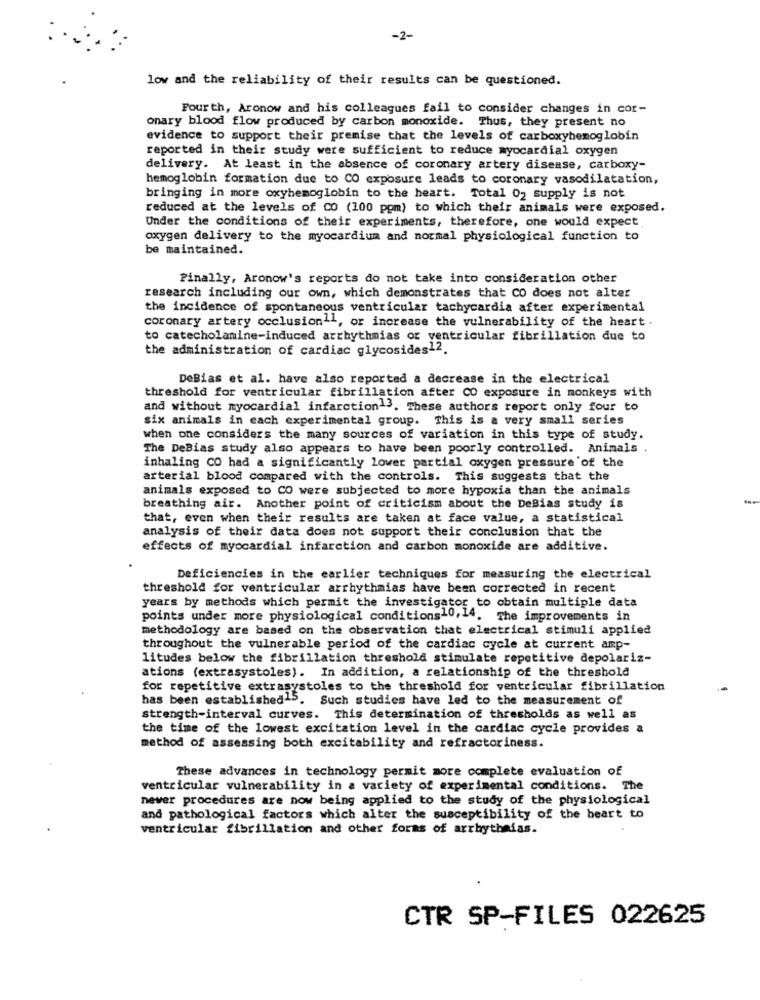
-2-
low and the reliability of their results can be questioned.
Fourth, Aronow and his colleagues fail to consider changes in cor-
onary blood flow produced by carbon monoxide. Thus, they present no
evidence to support their premise that the levels of carboxyhemoglobin
reported in their study were sufficient to reduce myocardial oxygen
delivery. At least in the absence of coronary artery disease, carboxy-
hemoglobin formation due to CO exposure leads to coronary vasodilatation,
bringing in more oxyhemoglobin to the heart. Total 02 supply is not
reduced at the levels of CO (100 ppm) to which their animals were exposed.
Under the conditions of their experiments, therefore, one would expect
oxygen delivery to the myocardium and normal physiological function to
be maintained.
Finally, Aronow's reports do not take into consideration other
research including our own, which demonstrates that CO does not alter
the incidence of spontaneous ventricular tachycardia after experimental
coronary artery occlusion1l, or increase the vulnerability of the heart .
to catecholamine-induced arrhythmias or ventricular fibrillation due to
the administration of cardiac glycosides12.
DeBias et al. have also reported a decrease in the electrical
threshold for ventricular fibrillation after CO exposure in monkeys with
and without myocardial infarction13. These authors report only four to
six animals in each experimental group. This is a very small series
when one considers the many sources of variation in this type of study.
The DeBias study also appears to have been poorly controlled. Animals .
inhaling CO had a significantly lower partial oxygen pressure of the
arterial blood compared with the controls. This suggests that the
animals exposed to CO were subjected to more hypoxia than the animals
breathing air. Another point of criticism about the DeBias study is
that, even when their results are taken at face value, a statistical
analysis of their data does not support their conclusion that the
effects of myocardial infarction and carbon monoxide are additive.
Deficiencies in the earlier techniques for measuring the electrical
threshold for ventricular arrhythmias have been corrected in recent
years by methods which permit the investigator to obtain multiple data
points under more physiological conditions10,14. The improvements in
methodology are based on the observation that electrical stimuli applied
throughout the vulnerable period of the cardiac cycle at current amp-
litudes below the fibrillation threshold stimulate repetitive depolariz-
ations (extrasystoles). In addition, a relationship of the threshold
for repetitive extrasystoles to the threshold for ventricular fibrillation
has been established15. Such studies have led to the measurement of
strength-interval curves. This determination of thresholds as well as
the time of the lowest excitation level in the cardiac cycle provides a
method of assessing both excitability and refractoriness.
These advances in technology permit more complete evaluation of
ventricular vulnerability in a variety of experimental conditions. The
newer procedures are now being applied to the study of the physiological
and pathological factors which alter the susceptibility of the beart to
ventricular fibrillation and other forms of arrhythaias.
CTR SP-FILES 022625